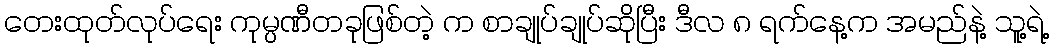
တေးထုတ်လုပ်ရေး ကုမ္ပဏီတခုဖြစ်တဲ့ က စာချုပ်ချုပ်ဆိုပြီး ဒီလ ၈ ရက်နေ့က အမည်နဲ့ သူ့ရဲ့